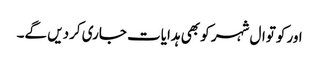
اور کوتوال شہر کو بھی ہدایات جاری کردیں گے۔